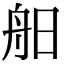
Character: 𦨙